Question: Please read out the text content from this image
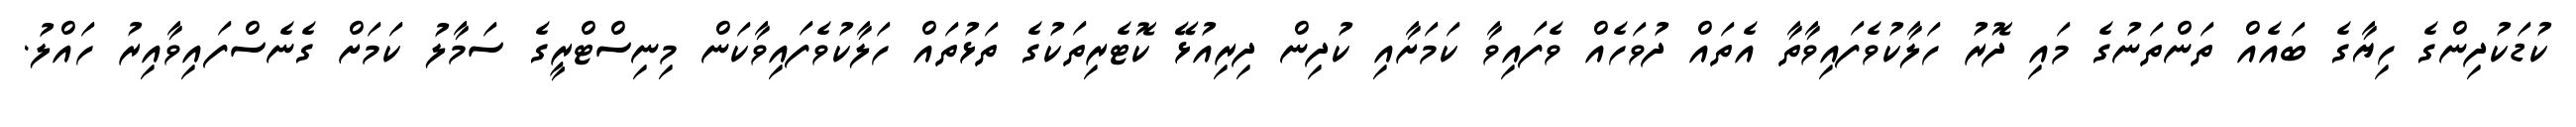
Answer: ކުޑަކުދިންގެ ހިޔާގެ ބައެއް ތަންތަނުގެ މައި ދޮރު ހަލާކުވެފައިވާތާ އެތައް ދުވަހެއް ވެފައިވާ ކަމަށާއި ކުދިން ދިރިއުޅޭ ކޮޓެރިތަކުގެ ތަޅުތައް ހަލާކުވެފައިވާކަން މިނިސްޓްރީގެ ސަމާލު ކަމަށް ގެނެސްފައިވާއިރު ހައްލު.